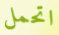
اتحمل